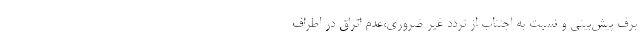
برف پیش‌بینی و نسبت به اجتناب از تردد غیر ضروری،عدم اتراق در اطراف